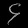
Digit: ၄